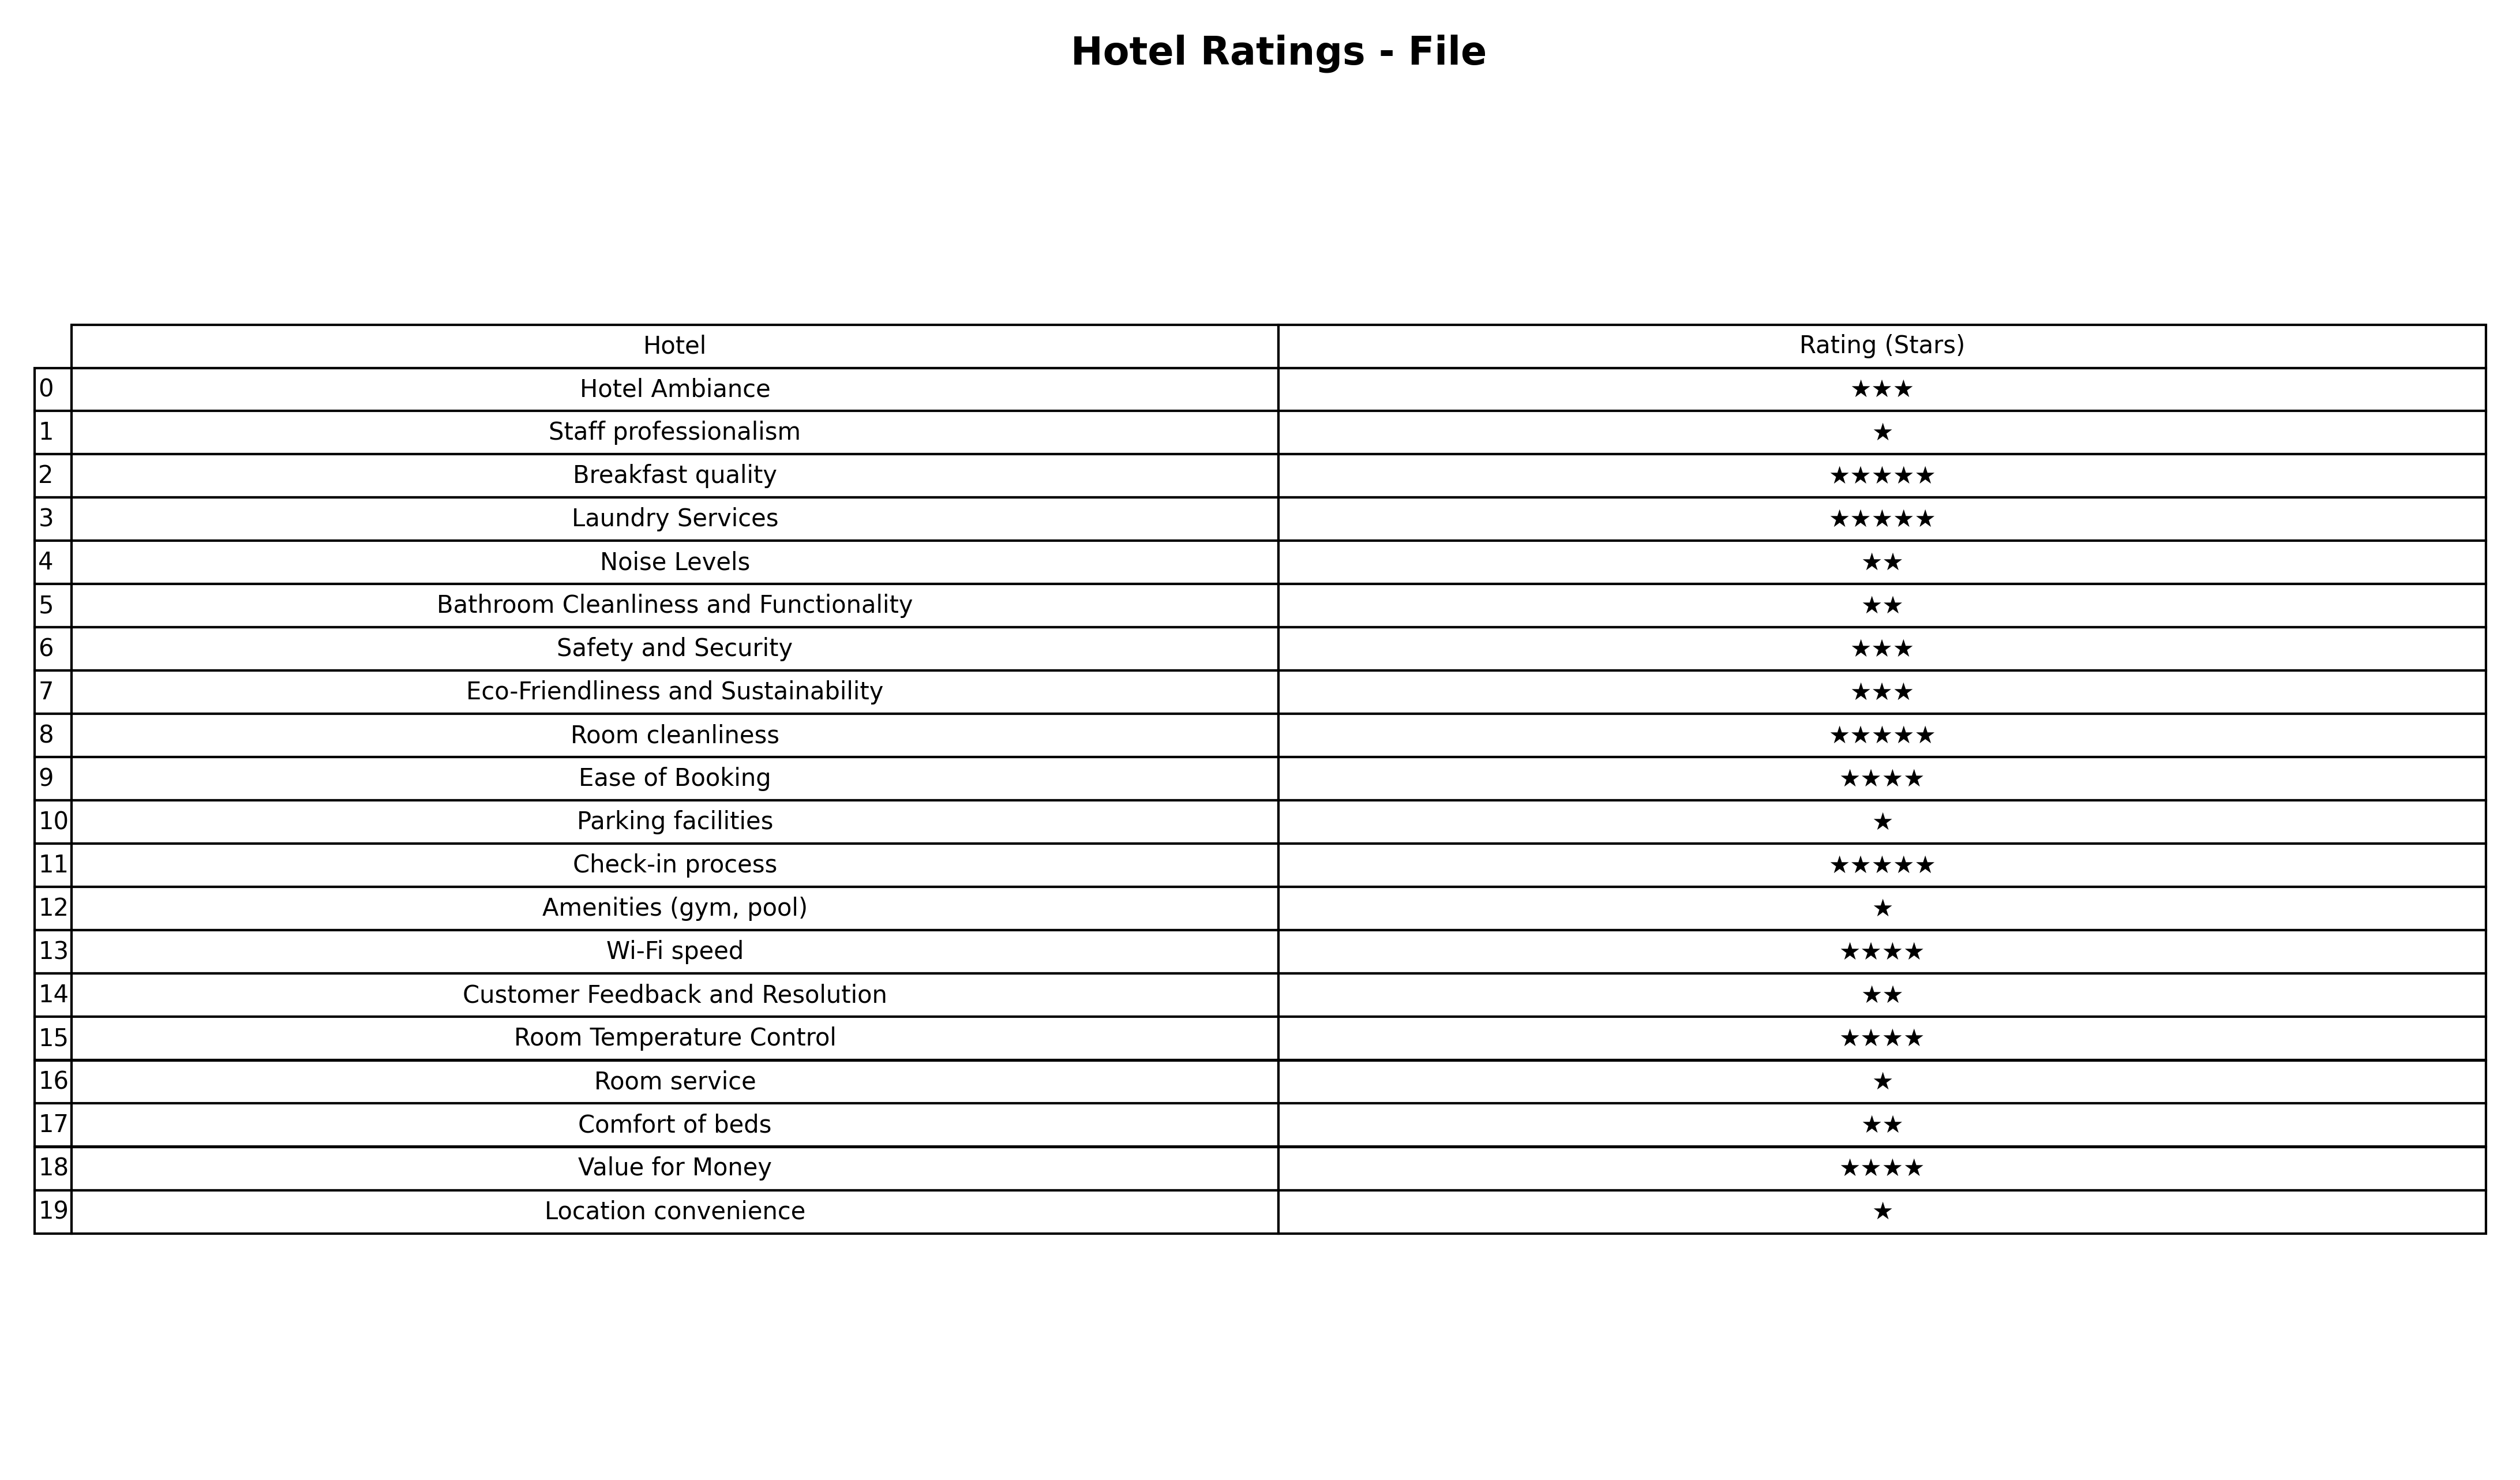
question: What is the rating of Laundry Services?
answer: ★★★★★